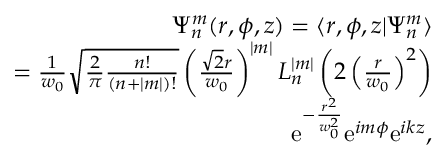
\begin{array} { r l r } & { } & { \Psi _ { n } ^ { m } ( r , \phi , z ) = \langle r , \phi , z | \Psi _ { n } ^ { m } \rangle } \\ & { } & { = \frac { 1 } { w _ { 0 } } \sqrt { \frac { 2 } { \pi } \frac { n ! } { ( n + | m | ) ! } } \left( \frac { \sqrt { 2 } r } { w _ { 0 } } \right) ^ { | m | } L _ { n } ^ { | m | } \left( 2 \left( \frac { r } { w _ { 0 } } \right) ^ { 2 } \right) } \\ & { } & { \ \ \ \ \mathrm { e } ^ { - \frac { r ^ { 2 } } { w _ { 0 } ^ { 2 } } } \mathrm { e } ^ { i m \phi } \mathrm { e } ^ { i k z } , } \end{array}